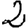
Digit: 2